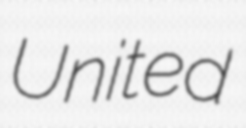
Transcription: United